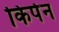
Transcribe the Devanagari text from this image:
किर्पन